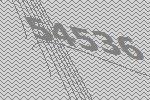
54536